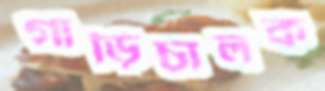
গাড়িচালক